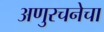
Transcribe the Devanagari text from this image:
अणुरचनेचा